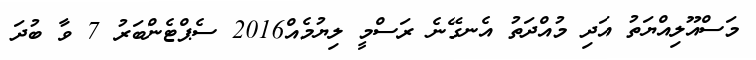
މަސްއޫލިއްޔަތު އަދި މުއްދަތު އެނގޭނެ ރަސްމީ ލިޔުމެއް2016 ސެޕްޓެންބަރު 7 ވާ ބުދަ